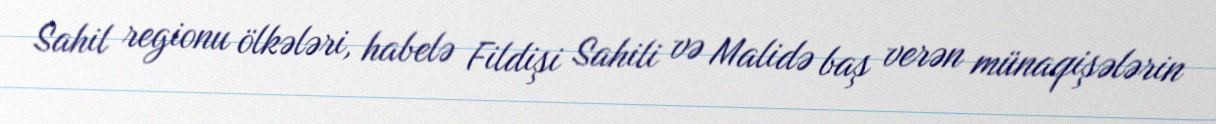
Sahil regionu ölkələri, habelə Fildişi Sahili və Malidə baş verən münaqişələrin